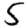
Digit: 5